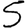
Digit: 5